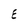
Character: E